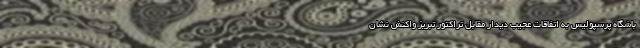
باشگاه پرسپولیس به اتفاقات عجیب دیدار مقابل تراکتور تبریز واکنش نشان